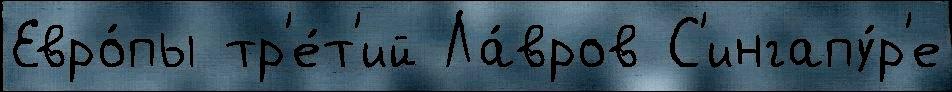
Евро́пы тр'е́т'ий Ла́вров С'ингапу́р'е